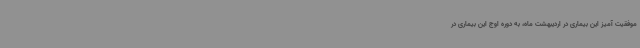
موفقیت آمیز این بیماری در اردیبهشت ماه، به دوره اوج این بیماری در